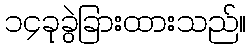
၁၄ခုခွဲခြားထားသည်။